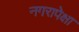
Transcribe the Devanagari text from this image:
नगरापेक्षा